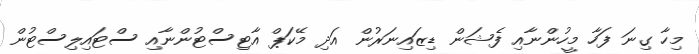
މިހާ ގިނަ ފަހާ މީހުންނާއި ފެޝަން ޑިޒައިނަރުން އަދި މޭކަޕް އާޓިސްޓުންނާއި ސްޓައިލިސްޓުން